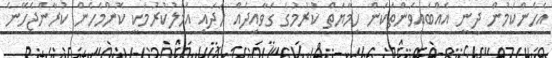
އެހެންކަމުން ދީނީ އެއްބައިވަންތަކަން ހިމާޔަތް ކުރުމުގެ ގަވާއިދެއް ހަދައި އަމަލުކުރުމަކީ ކޮންމެހެން ކުރާންޖެހޭނެ